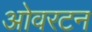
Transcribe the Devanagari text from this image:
ओवरटन